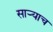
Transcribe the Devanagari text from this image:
साऱ्याच